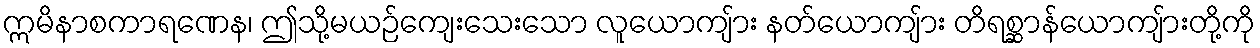
ဣမိနာစကာရဏေန၊ ဤသို့မယဉ်ကျေးသေးသော လူယောကျ်ား နတ်ယောကျ်ား တိရစ္ဆာန်ယောကျ်ားတို့ကို